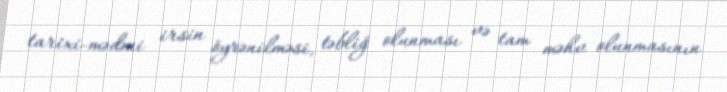
tarixi-mədəni irsin öyrənilməsi, təbliğ olunması və tam məhv olunmasının